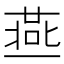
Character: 𱍥